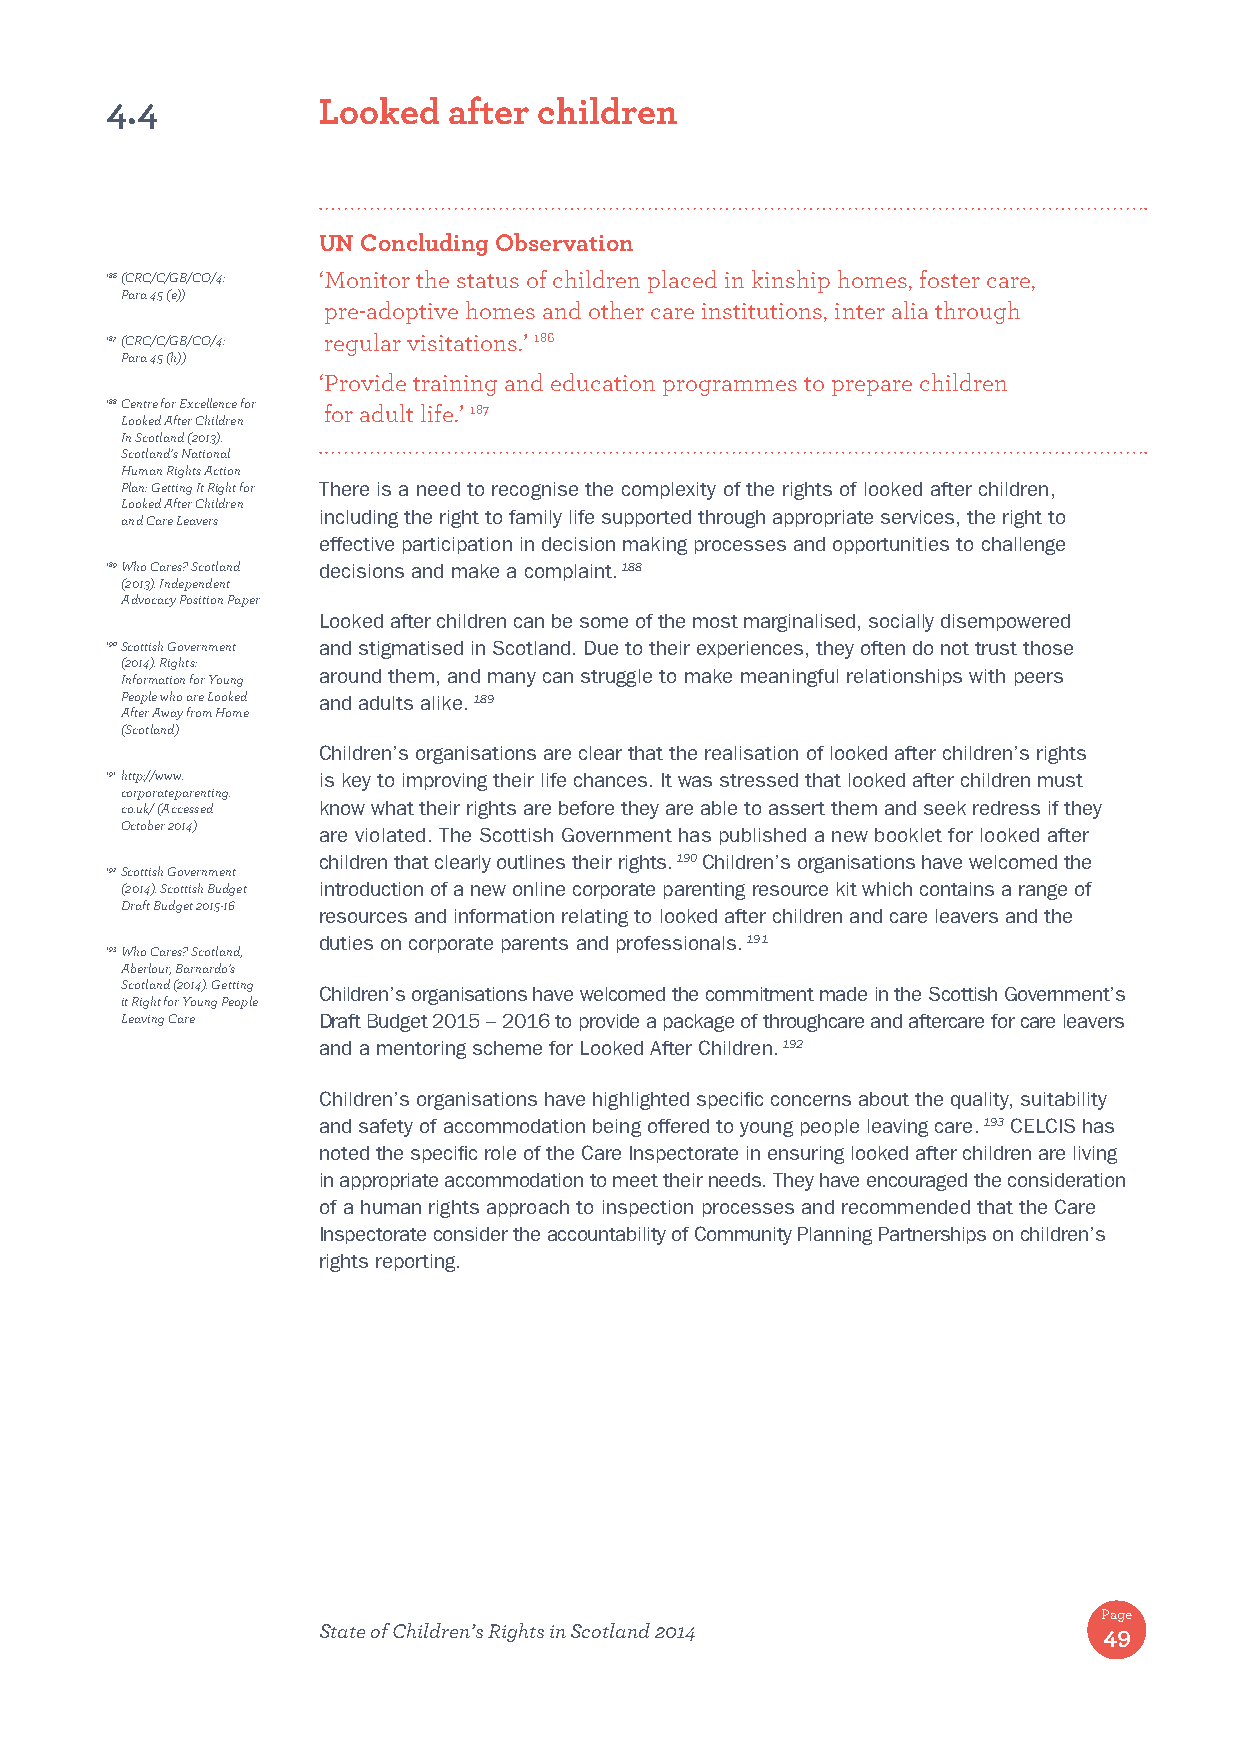
4.4           Looked   after children
 UN Concluding Observation
 186 (CRC/C/GB/CO/4: ‘ Monitor the status of children placed in kinship homes, foster care,
 Para 45 (e))
 pre-adoptive homes and other care institutions, inter alia through
 187 (CRC/C/GB/CO/4: regular visitations.’ 186
 Para 45 (h))
 ‘ Provide training and education programmes to prepare children
 188 Centre for Excellence for for adult life.’ 187
 Looked After Children
 In Scotland (2013).
 Scotland’s National
 Human Rights Action
 Plan: Getting It Right for There is a need to recognise the complexity of the rights of looked after children,
 Looked After Children
 including the right to family life supported through appropriate services, the right to
 and Care Leavers
 effective participation in decision making processes and opportunities to challenge
 189 Who Cares? Scotland decisions and make a complaint. 188
 (2013). Independent
 Advocacy Position Paper
 Looked after children can be some of the most marginalised, socially disempowered
 190 Scottish Government and stigmatised in Scotland. Due to their experiences, they often do not trust those
 (2014). Rights:
 around them, and many can struggle to make meaningful relationships with peers
 Information for Young
 People who are Looked and adults alike. 189
 After Away from Home
 (Scotland)
 Children’s organisations are clear that the realisation of looked after children’s rights
 191 http://www. is key to improving their life chances. It was stressed that looked after children must
 corporateparenting.
 co.uk/ (Accessed know what their rights are before they are able to assert them and seek redress if they
 October 2014) are violated. The Scottish Government has published a new booklet for looked after
 children that clearly outlines their rights. 190 Children’s organisations have welcomed the
 192 Scottish Government
 (2014). Scottish Budget introduction of a new online corporate parenting resource kit which contains a range of
 Draft Budget 2015-16
 resources and information relating to looked after children and care leavers and the
 duties on corporate parents and professionals. 191
 193 Who Cares? Scotland,
 Aberlour, Barnardo’s
 Scotland (2014). Getting Children’s organisations have welcomed the commitment made in the Scottish Government’s
 it Right for Young People
 Leaving Care Draft Budget 2015 – 2016 to provide a package of throughcare and aftercare for care leavers
 and a mentoring scheme for Looked After Children. 192
 Children’s organisations have highlighted specific concerns about the quality, suitability
 and safety of accommodation being offered to young people leaving care. 193 CELCIS has
 noted the specific role of the Care Inspectorate in ensuring looked after children are living
 in appropriate accommodation to meet their needs. They have encouraged the consideration
 of a human rights approach to inspection processes and recommended that the Care
 Inspectorate consider the accountability of Community Planning Partnerships on children’s
 rights reporting.
 Page
 State of Children’s Rights in Scotland 2014         49